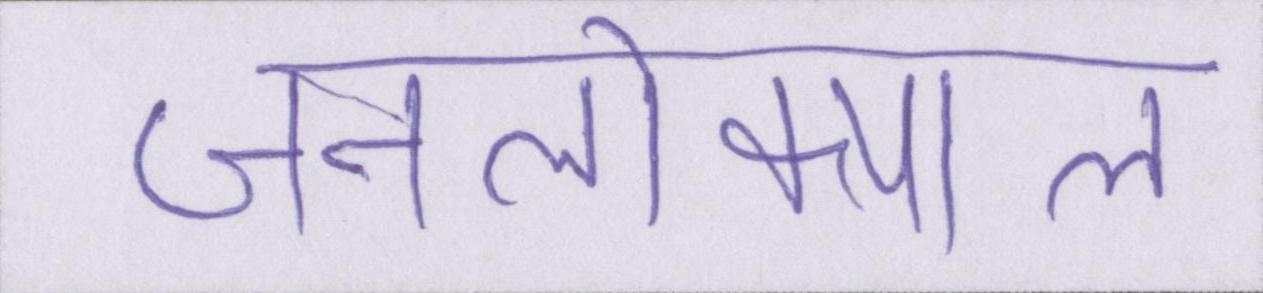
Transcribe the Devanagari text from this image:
जनलोकपाल